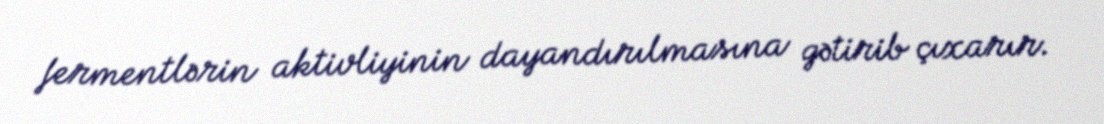
fermentlərin aktivliyinin dayandırılmasına gətirib çıxarır.